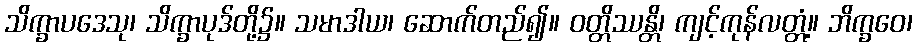
သိက္ခာပဒေသု၊ သိက္ခာပုဒ်တို့၌။ သမာဒါယ၊ ဆောက်တည်၍။ ဝတ္တိဿန္တိ၊ ကျင့်ကုန်လတ္တံ့။ ဘိက္ခဝေ၊